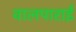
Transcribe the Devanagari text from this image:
वालपाराई